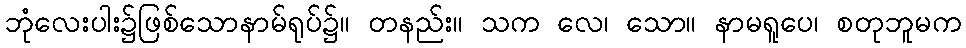
ဘုံလေးပါး၌ဖြစ်သောနာမ်ရုပ်၌။ တနည်း။ သက လေ၊ သော။ နာမရူပေ၊ စတုဘူမက